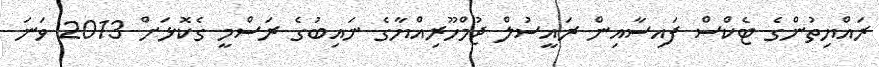
ރައްޔިތުންގެ ޓެކްސް ފައިސާއިން ރައީސުލް ޖުމްހޫރިއްޔާގެ ނައިބުގެ ރަސްމީ ގެކޮޅަށް 2013 ވަނަ